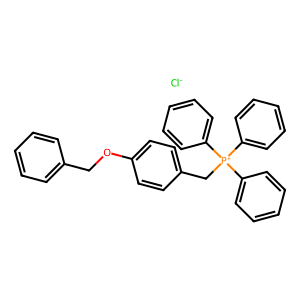
SMILES: [Cl-].c1ccc(COc2ccc(C[P+](c3ccccc3)(c3ccccc3)c3ccccc3)cc2)cc1
Inhibits HIV replication: No